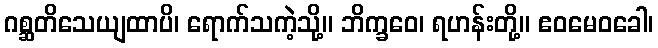
ဂစ္ဆတိသေယျထာပိ၊ ရောက်သကဲ့သို့။ ဘိက္ခဝေ၊ ရဟန်းတို့။ ဧဝမေဝခေါ၊